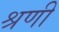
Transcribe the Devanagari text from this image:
श्रणी